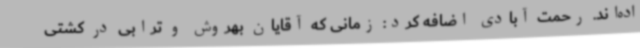
اده‌اند. رحمت آبادی اضافه کرد: زمانی که آقایان بهروش و ترابی در کشتی